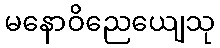
မနောဝိညေယျေသု